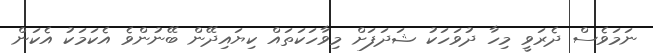
ނަމަވެސް ދެރަވީ މިހާ ދުވަހަކު ޝަދަފަށް މިވާހަކަތައް ކިޔައިދޭން ބޭނުންވެ އެކަމަކު އެކަން